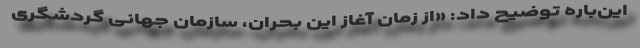
این‌باره توضیح داد: «از زمان آغاز این بحران، سازمان جهانی گردشگری